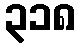
၃၁၈